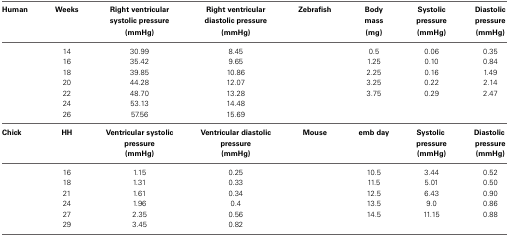
| Human | Weeks | Right ventricular systolic pressure (mmHg) | Right ventricular diastolic pressure (mmHg) | Zebrafish | Body mass (mg) | Systolic pressure (mmHg) | Diastolic pressure (mmHg) |
 | --- | --- | --- | --- | --- | --- | --- | --- |
 |  | 14 | 30.99 | 8.45 |  | 0.5 | 0.06 | 0.35 |
 |  | 16 | 35.42 | 9.65 |  | 1.25 | 0.10 | 0.84 |
 |  | 18 | 39.85 | 10.86 |  | 2.25 | 0.16 | 1.49 |
 |  | 20 | 44.28 | 12.07 |  | 3.25 | 0.22 | 2.14 |
 |  | 22 | 48.70 | 13.28 |  | 3.75 | 0.29 | 2.47 |
 |  | 24 | 53.13 | 14.48 |  |  |  |  |
 |  | 26 | 57.56 | 15.69 |  |  |  |  |
 | Chick | HH | Ventricular systolic pressure (mmHg) | Ventricular diastolic pressure (mmHg) | Mouse | emb day | Systolic pressure (mmHg) | Diastolic pressure (mmHg) |
 |  | 16 | 1.15 | 0.25 |  | 10.5 | 3.44 | 0.52 |
 |  | 18 | 1.31 | 0.33 |  | 11.5 | 5.01 | 0.50 |
 |  | 21 | 1.61 | 0.34 |  | 12.5 | 6.43 | 0.90 |
 |  | 24 | 1.96 | 0.4 |  | 13.5 | 9.0 | 0.86 |
 |  | 27 | 2.35 | 0.56 |  | 14.5 | 11.15 | 0.88 |
 |  | 29 | 3.45 | 0.82 |  |  |  |  |